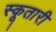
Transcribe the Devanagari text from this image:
स्कूतारी